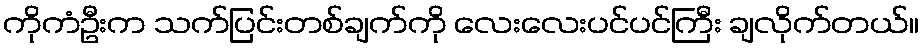
ကိုကံဦးက သက်ပြင်းတစ်ချက်ကို လေးလေးပင်ပင်ကြီး ချလိုက်တယ်။